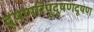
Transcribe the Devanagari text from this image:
दूषणरिपुदूषणदूषण